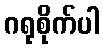
ဂရုစိုက်ပါ